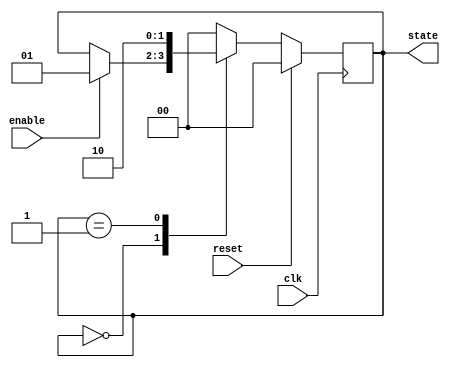
module synchronous_reset_example (
    input wire clk,           // Clock signal
    input wire reset,         // Synchronous reset signal
    input wire enable,        // Example input signal for state transition
    output reg [1:0] state    // Example output representing the current state
);

// State encoding
localparam STATE_IDLE = 2'b00;
localparam STATE_ACTIVE = 2'b01;
localparam STATE_DONE = 2'b10;

// Synchronous reset and state update
always @(posedge clk) begin
    if (reset) begin
        // Synchronous reset: Set state to IDLE
        state <= STATE_IDLE;
    end else begin
        // Normal operation logic
        case (state)
            STATE_IDLE: begin
                if (enable) begin
                    state <= STATE_ACTIVE; // Transition to ACTIVE state
                end
            end
            STATE_ACTIVE: begin
                // Perform some operation (not detailed here)
                state <= STATE_DONE; // Transition to DONE state
            end
            STATE_DONE: begin
                // Optionally return to IDLE or stay in DONE
                state <= STATE_IDLE; // Transition back to IDLE
            end
            default: state <= STATE_IDLE; // Default case to prevent latches
        endcase
    end
end

endmodule